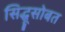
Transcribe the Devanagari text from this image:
सिद्धूसोबत